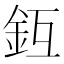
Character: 𨥛